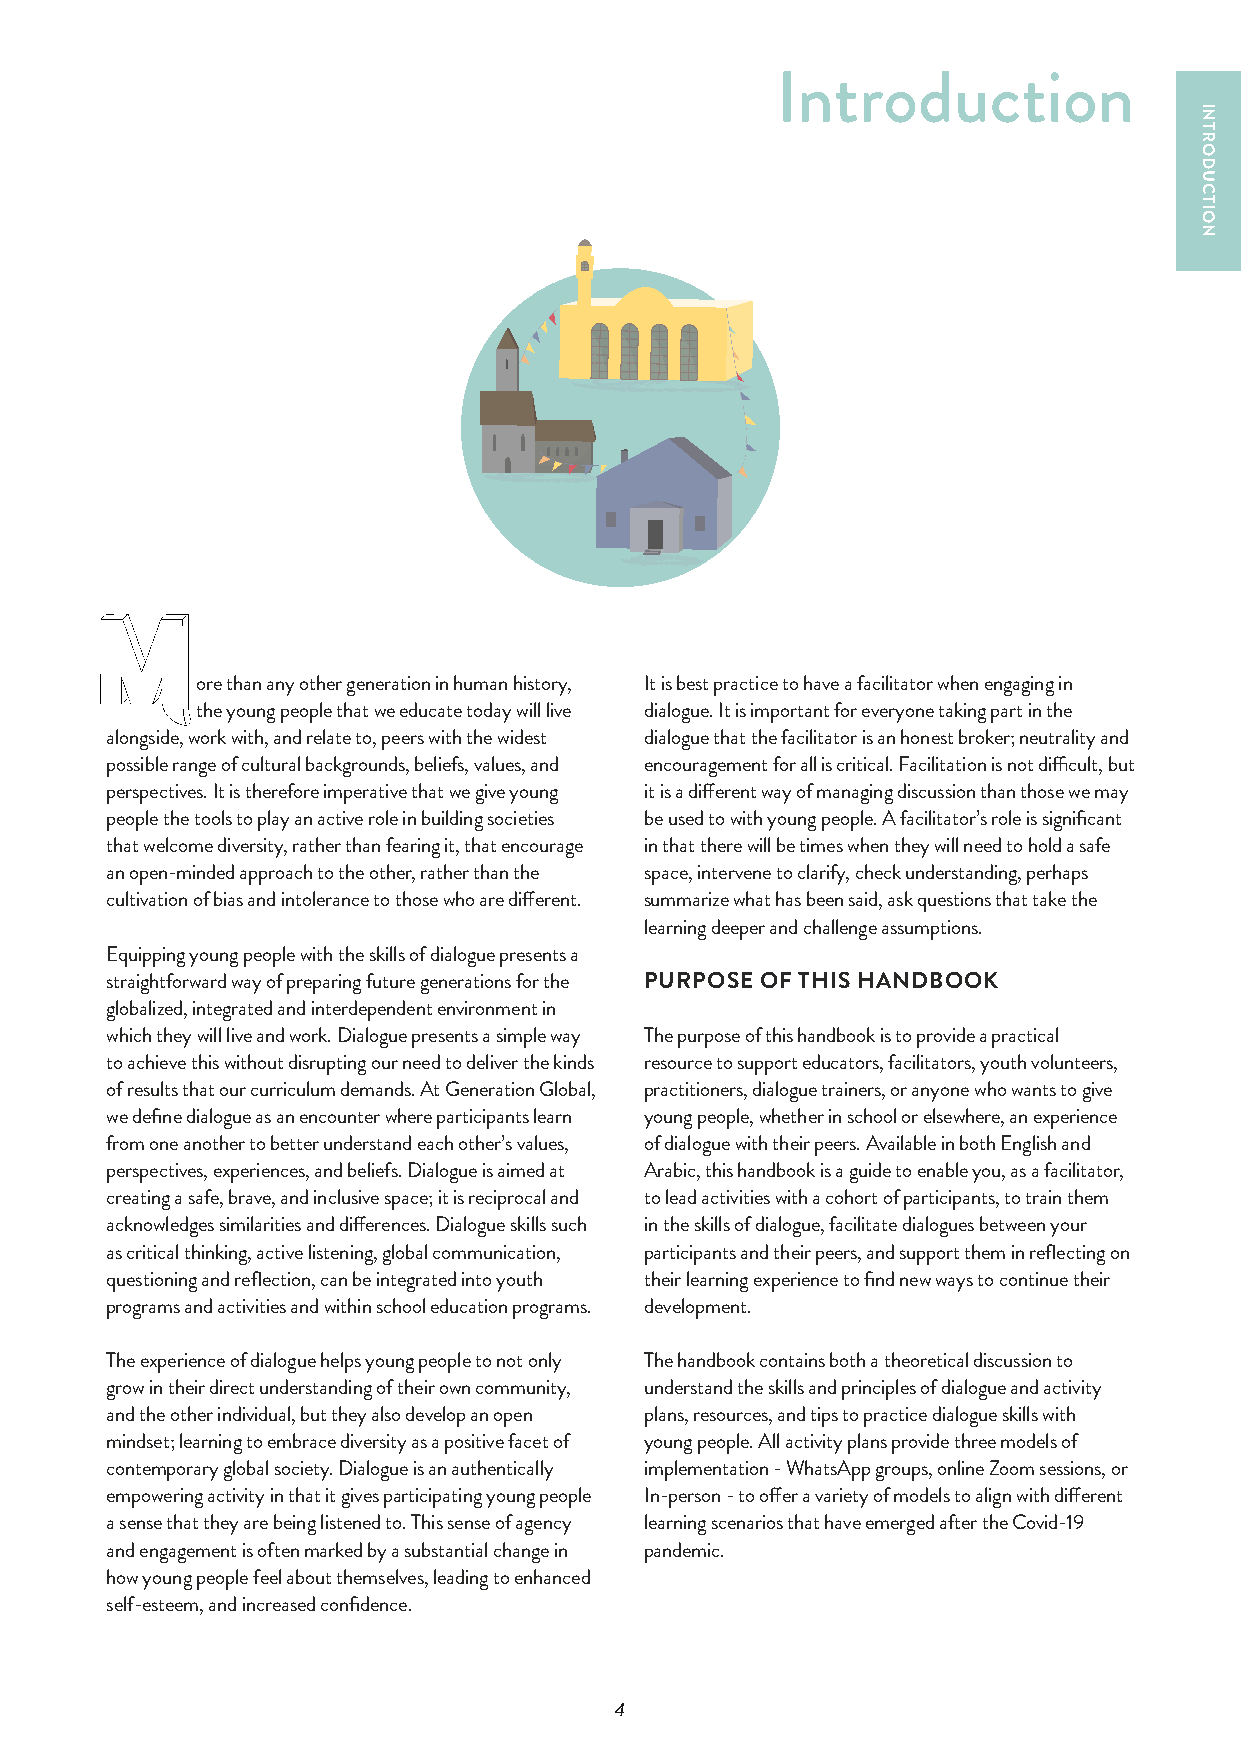
Introduction
 ore than any other generation in human history, It is best practice to have a facilitator when engaging in
 the young people that we educate today will live dialogue. It is important for everyone taking part in the
 alongside, work with, and relate to, peers with the widest dialogue that the facilitator is an honest broker; neutrality and
 possible range of cultural backgrounds, beliefs, values, and encouragement for all is critical. Facilitation is not difficult, but
 perspectives. It is therefore imperative that we give young it is a different way of managing discussion than those we may
 people the tools to play an active role in building societies be used to with young people. A facilitator’s role is significant
 that welcome diversity, rather than fearing it, that encourage in that there will be times when they will need to hold a safe
 an open-minded approach to the other, rather than the space, intervene to clarify, check understanding, perhaps
 cultivation of bias and intolerance to those who are different. summarize what has been said, ask questions that take the
 learning deeper and challenge assumptions.
 Equipping young people with the skills of dialogue presents a
 straightforward way of preparing future generations for the PURPOSE OF THIS HANDBOOK
 globalized, integrated and interdependent environment in
 which they will live and work. Dialogue presents a simple way The purpose of this handbook is to provide a practical
 to achieve this without disrupting our need to deliver the kinds resource to support educators, facilitators, youth volunteers,
 of results that our curriculum demands. At Generation Global, practitioners, dialogue trainers, or anyone who wants to give
 we define dialogue as an encounter where participants learn young people, whether in school or elsewhere, an experience
 from one another to better understand each other’s values, of dialogue with their peers. Available in both English and
 perspectives, experiences, and beliefs. Dialogue is aimed at Arabic, this handbook is a guide to enable you, as a facilitator,
 creating a safe, brave, and inclusive space; it is reciprocal and to lead activities with a cohort of participants, to train them
 acknowledges similarities and differences. Dialogue skills such in the skills of dialogue, facilitate dialogues between your
 as critical thinking, active listening, global communication, participants and their peers, and support them in reflecting on
 questioning and reflection, can be integrated into youth their learning experience to find new ways to continue their
 programs and activities and within school education programs. development.
 The experience of dialogue helps young people to not only The handbook contains both a theoretical discussion to
 grow in their direct understanding of their own community, understand the skills and principles of dialogue and activity
 and the other individual, but they also develop an open plans, resources, and tips to practice dialogue skills with
 mindset; learning to embrace diversity as a positive facet of young people. All activity plans provide three models of
 contemporary global society. Dialogue is an authentically implementation - WhatsApp groups, online Zoom sessions, or
 empowering activity in that it gives participating young people In-person - to offer a variety of models to align with different
 a sense that they are being listened to. This sense of agency learning scenarios that have emerged after the Covid-19
 and engagement is often marked by a substantial change in pandemic.
 how young people feel about themselves, leading to enhanced
 self-esteem, and increased confidence.
 4
 INTRODUCTION